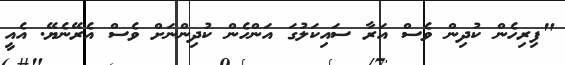
"ފިރިހެން ކުދިން ވެސް އަރާ ސައިކަލުގަ އަންހެން ކުދިންނަށް ވެސް އެރޭނެޔޭ. އެއީ